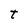
Character: t